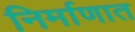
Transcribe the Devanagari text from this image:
निर्माणात